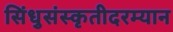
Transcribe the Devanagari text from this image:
सिंधुसंस्कृतीदरम्यान